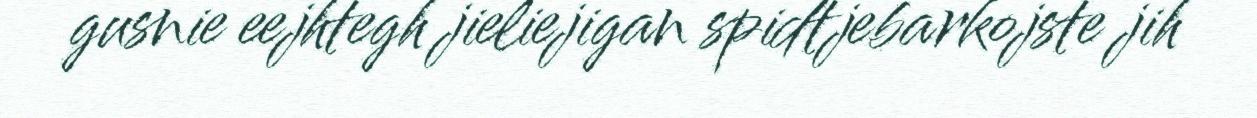
gusnie eejhtegh jieliejigan spidtjebarkojste jih